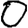
Digit: 0